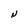
Character: N